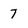
Character: 7